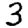
Digit: 3